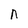
Character: n